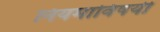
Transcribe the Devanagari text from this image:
नियमाविषयी